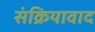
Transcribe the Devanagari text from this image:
संक्रियावाद